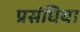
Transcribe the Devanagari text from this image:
प्रसंघिया